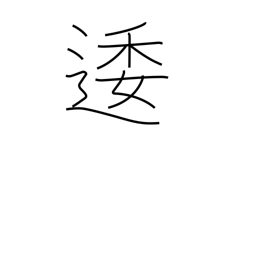
Meaning: winding